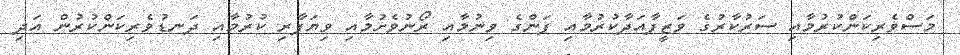
މަސްވެރިކަންކުރުމާއި ސަރުކާރުގެ ވަޒީފާއަދާކުރުމާއި ފަންގެ ވިނުމާއި ރޯނުވެށުމާއި ވިޔަފާރި ކުރުމާއި ދަނޑުވެރިކަންކުރުން އަދި